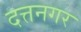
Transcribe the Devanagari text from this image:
दत्तनगर